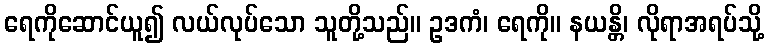
ရေကိုဆောင်ယူ၍ လယ်လုပ်သော သူတို့သည်။ ဥဒကံ၊ ရေကို။ နယန္တိ၊ လိုရာအရပ်သို့